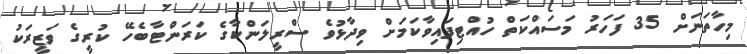
މިހާތަނަށް 35 ފަހަރު މަސައްކަތް ހުއްޓިފައިވާކަމަށް ވިދާޅުވެ ސްރީލަންކާގެ ކަރަންޓާބެހޭ ކުރީގެ ވަޒީރަކު